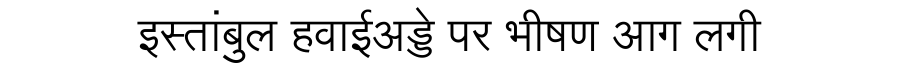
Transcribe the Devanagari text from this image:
इस्तांबुल हवाईअड्डे पर भीषण आग लगी